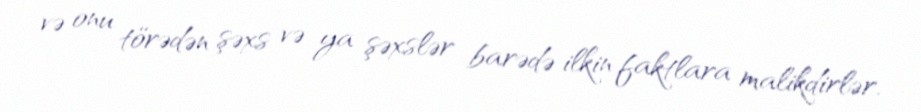
və onu törədən şəxs və ya şəxslər barədə ilkin faktlara malikdirlər.